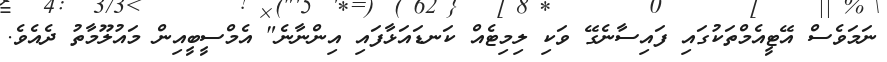
ނަމަވެސް އޭޓީއެމްތަކުގައި ފައިސާނެގޭ ވަކި ލިމިޓެއް ކަނޑައަޅާފައި އިންނާނެ" އެމްސީބީއިން މައުލޫމާތު ދެއެެވެ.